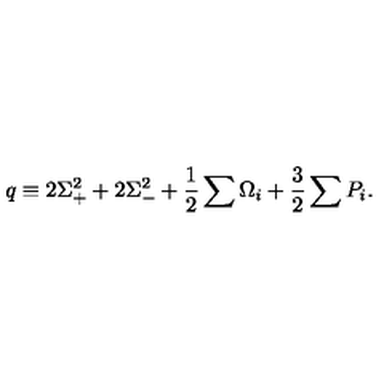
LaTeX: q \equiv 2 \Sigma _ { + } ^ { 2 } + 2 \Sigma _ { - } ^ { 2 } + \frac { 1 } { 2 } \sum \Omega _ { i } + \frac { 3 } { 2 } \sum P _ { i } .